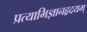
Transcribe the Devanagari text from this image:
प्रत्याभिज्ञानहृदयम्